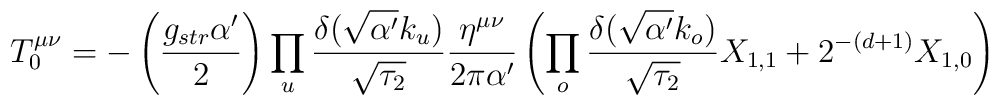
T^{\mu\nu}_0=-\left(\frac{g_{str}\alpha'}{2}\right)\prod_u\frac{\delta(\sqrt{\alpha'}k_u)}{\sqrt{\tau_2}}\frac{\eta^{\mu\nu}}{ 2\pi\alpha'}\left( \prod_o \frac{\delta(\sqrt{\alpha'}k_o)}{\sqrt{\tau_2}}X_{1,1}+2^{-(d+1)}X_{1,0}\right)